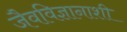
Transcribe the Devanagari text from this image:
जैवविज्ञानाशी